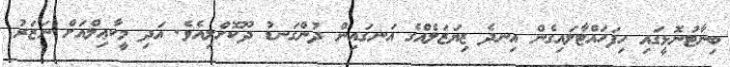
ބިނާޓުނޮޅީގައި ހިފަހައްޓާލައިގެން އިނދެ ޒިޔަޒަލެއްގެ އަނގައިން ދުންގަނޑު ދޫކޮށްލިއެވެ. އަދި މީކާޢިލްއަށް ނަޒަރު